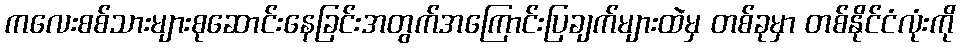
ကလေးစစ်သားများစုဆောင်းနေခြင်းအတွက်အကြောင်းပြချက်များထဲမှ တစ်ခုမှာ တစ်နိုင်ငံလုံးကို